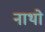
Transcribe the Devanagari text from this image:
नाथो